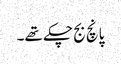
پانچ بج چکے تھے۔